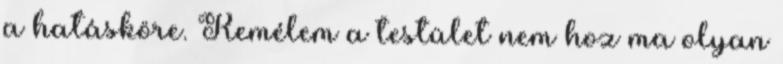
a hatásköre. Remélem a testület nem hoz ma olyan